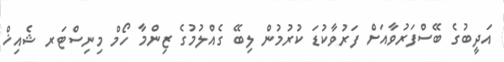
އަދީބުގެ ބޭސްފަރުވާއަށް ފަރުވާކުޑަ ކުރުމުން ލިބޭ ގެއްލުމުގެ ޒިންމާ ހޯމް މިނިސްޓަރ ޝެއިޚް